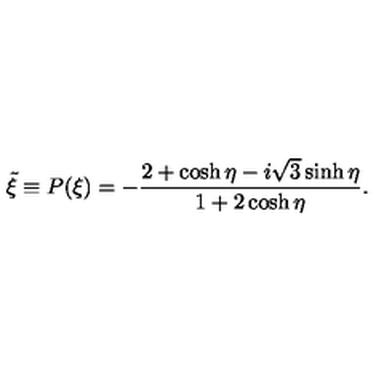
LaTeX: \tilde { \xi } \equiv P ( \xi ) = - \frac { 2 + \cosh \eta - i \sqrt { 3 } \sinh \eta } { 1 + 2 \cosh \eta } .